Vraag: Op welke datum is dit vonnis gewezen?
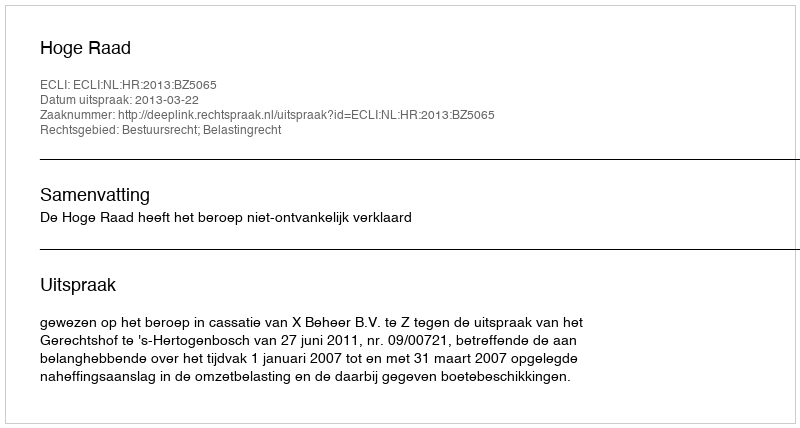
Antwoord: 2013-03-22